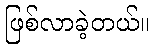
ဖြစ်လာခဲ့တယ်။